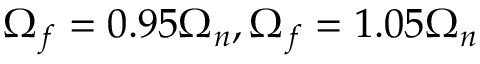
\Omega _ { f } = 0 . 9 5 \Omega _ { n } , \Omega _ { f } = 1 . 0 5 \Omega _ { n }